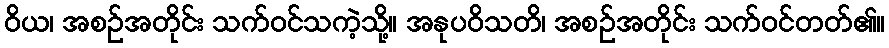
ဝိယ၊ အစဉ်အတိုင်း သက်ဝင်သကဲ့သို့။ အနုပဝိသတိ၊ အစဉ်အတိုင်း သက်ဝင်တတ်၏။